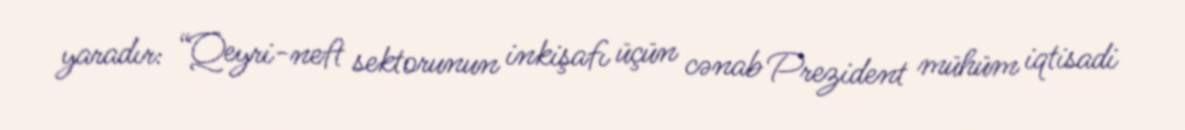
yaradır: “Qeyri-neft sektorunun inkişafı üçün cənab Prezident mühüm iqtisadi